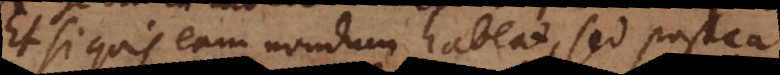
Et si quis eam nondum habeat, sed postea